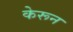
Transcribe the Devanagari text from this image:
केरून